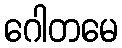
ဂေါတမေ